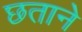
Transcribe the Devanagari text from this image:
छताने